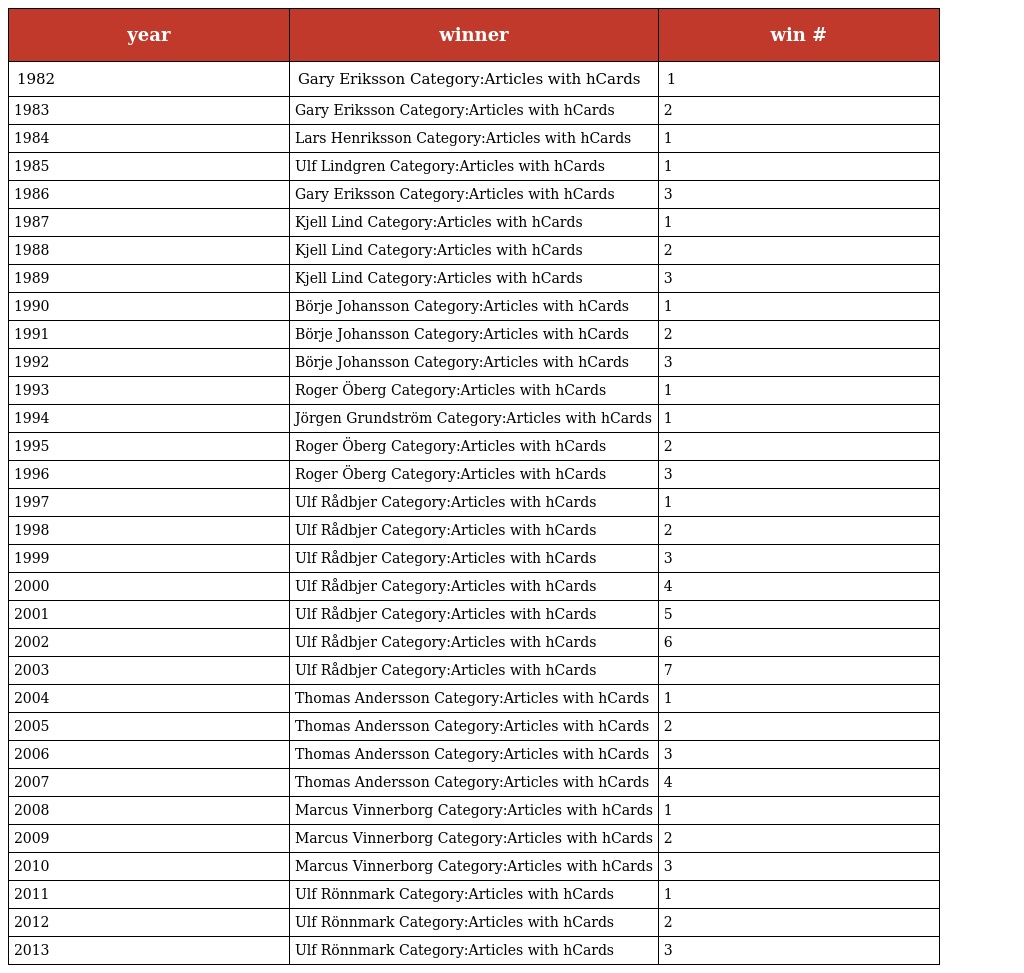
| year | winner | win # |
 | --- | --- | --- |
 | 1982 | Gary Eriksson Category:Articles with hCards | 1 |
 | 1983 | Gary Eriksson Category:Articles with hCards | 2 |
 | 1984 | Lars Henriksson Category:Articles with hCards | 1 |
 | 1985 | Ulf Lindgren Category:Articles with hCards | 1 |
 | 1986 | Gary Eriksson Category:Articles with hCards | 3 |
 | 1987 | Kjell Lind Category:Articles with hCards | 1 |
 | 1988 | Kjell Lind Category:Articles with hCards | 2 |
 | 1989 | Kjell Lind Category:Articles with hCards | 3 |
 | 1990 | Börje Johansson Category:Articles with hCards | 1 |
 | 1991 | Börje Johansson Category:Articles with hCards | 2 |
 | 1992 | Börje Johansson Category:Articles with hCards | 3 |
 | 1993 | Roger Öberg Category:Articles with hCards | 1 |
 | 1994 | Jörgen Grundström Category:Articles with hCards | 1 |
 | 1995 | Roger Öberg Category:Articles with hCards | 2 |
 | 1996 | Roger Öberg Category:Articles with hCards | 3 |
 | 1997 | Ulf Rådbjer Category:Articles with hCards | 1 |
 | 1998 | Ulf Rådbjer Category:Articles with hCards | 2 |
 | 1999 | Ulf Rådbjer Category:Articles with hCards | 3 |
 | 2000 | Ulf Rådbjer Category:Articles with hCards | 4 |
 | 2001 | Ulf Rådbjer Category:Articles with hCards | 5 |
 | 2002 | Ulf Rådbjer Category:Articles with hCards | 6 |
 | 2003 | Ulf Rådbjer Category:Articles with hCards | 7 |
 | 2004 | Thomas Andersson Category:Articles with hCards | 1 |
 | 2005 | Thomas Andersson Category:Articles with hCards | 2 |
 | 2006 | Thomas Andersson Category:Articles with hCards | 3 |
 | 2007 | Thomas Andersson Category:Articles with hCards | 4 |
 | 2008 | Marcus Vinnerborg Category:Articles with hCards | 1 |
 | 2009 | Marcus Vinnerborg Category:Articles with hCards | 2 |
 | 2010 | Marcus Vinnerborg Category:Articles with hCards | 3 |
 | 2011 | Ulf Rönnmark Category:Articles with hCards | 1 |
 | 2012 | Ulf Rönnmark Category:Articles with hCards | 2 |
 | 2013 | Ulf Rönnmark Category:Articles with hCards | 3 |